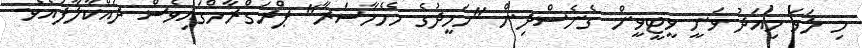
މި ލަވަ މިއަދު ވަނީ ވީޓީވީން ގެނެސްދިން "ހަމީދުގެ މެހެމާސަރާ" ޕްރަގްރާމްގައިވެސް ދައްކާލާފައެވެ.